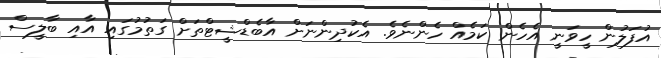
އުފަލުން ހީވަނީ އެހެން ކަމެއް ހެންނެވެ. އެކުދިންނަށް އާބެޑްޝީޓްތަށް ގަތުމުގައި އާއި ބާލީސް